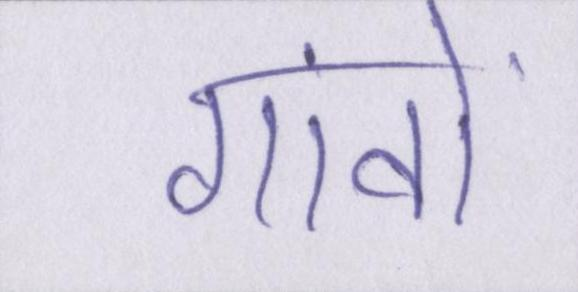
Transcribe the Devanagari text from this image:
गांवों